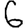
Digit: 6